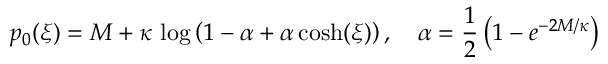
p _ { 0 } ( \xi ) = M + \kappa \, \log \left( 1 - \alpha + \alpha \, { \cosh } ( \xi ) \right) , \quad \alpha = \frac 1 2 \left( 1 - e ^ { - 2 M / \kappa } \right)